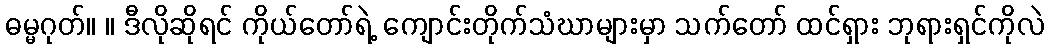
ဓမ္မဂုတ်။ ။ ဒီလိုဆိုရင် ကိုယ်တော်ရဲ့ ကျောင်းတိုက်သံဃာများမှာ သက်တော် ထင်ရှား ဘုရားရှင်ကိုလဲ